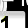
Digit: 1